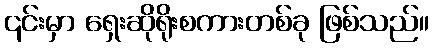
၎င်းမှာ ရှေးဆိုရိုးစကားတစ်ခု ဖြစ်သည်။